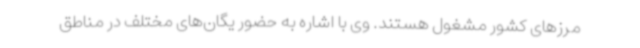
مرزهای کشور مشغول هستند. وی با اشاره به حضور یگان‌های مختلف در مناطق